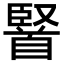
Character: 𮩤